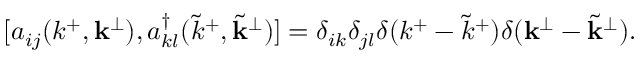
[ a _ { i j } ( k ^ { + } , { \bf k } ^ { \perp } ) , a _ { k l } ^ { \dagger } ( { \tilde { k } } ^ { + } , { \tilde { \bf k } } ^ { \perp } ) ] = \delta _ { i k } \delta _ { j l } \delta ( k ^ { + } - { \tilde { k } } ^ { + } ) \delta ( { \bf k } ^ { \perp } - { \tilde { \bf k } } ^ { \perp } ) .